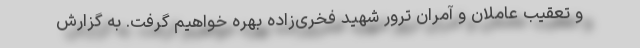
و تعقیب عاملان و آمران ترور شهید فخری‌زاده بهره خواهیم گرفت. به گزارش